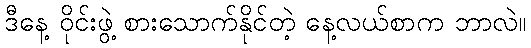
ဒီနေ့ ဝိုင်းဖွဲ့ စားသောက်နိုင်တဲ့ နေ့လယ်စာက ဘာလဲ။